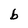
Character: b